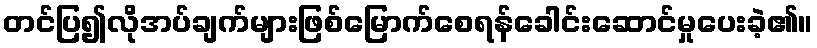
တင်ပြ၍လိုအပ်ချက်များဖြစ်မြောက်စေရန်ခေါင်းဆောင်မှုပေးခဲ့၏။